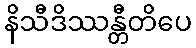
နိသီဒိဿန္တီတိပေ